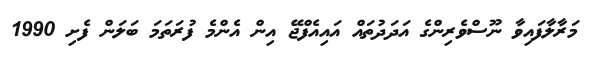
މަރާލާފައިވާ ނޫސްވެރިންގެ އަދަދުތައް އައިއެފްޖޭ އިން އެންމެ ފުރަތަމަ ބަލަން ފެށި 1990